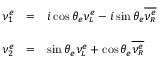
\begin{array} { l l l } { { \displaystyle \vphantom { \Bigg | } \nu _ { 1 } ^ { e } } } & { { = } } & { { \displaystyle i \cos \theta _ { e } \nu _ { \scriptscriptstyle L } ^ { e } - i \sin \theta _ { e } \overline { { { \nu _ { \scriptscriptstyle R } ^ { e } } } } } } \\ { { \displaystyle \vphantom { \Bigg | } \nu _ { 2 } ^ { e } } } & { { = } } & { { \displaystyle \sin \theta _ { e } \nu _ { \scriptscriptstyle L } ^ { e } + \cos \theta _ { e } \overline { { { \nu _ { \scriptscriptstyle R } ^ { e } } } } } } \end{array}